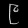
Digit: ၉